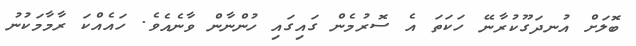
ބޮލަށް އުނދަގޫކުރާނޭ ހަކަތަ އެ ސޮރުމެން ގައިގައި ހުންނާން ވާނެއެވެ. ހައެއްކަ ރާމާމަކުނު